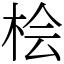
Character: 桧